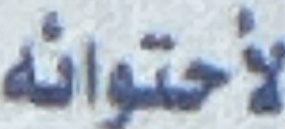
الأحتوائە